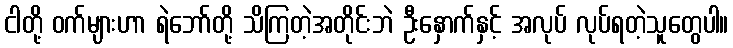
ငါတို့ ဝက်များဟာ ရဲဘော်တို့ သိကြတဲ့အတိုင်းဘဲ ဦးနှောက်နှင့် အလုပ် လုပ်ရတဲ့သူတွေပါ။